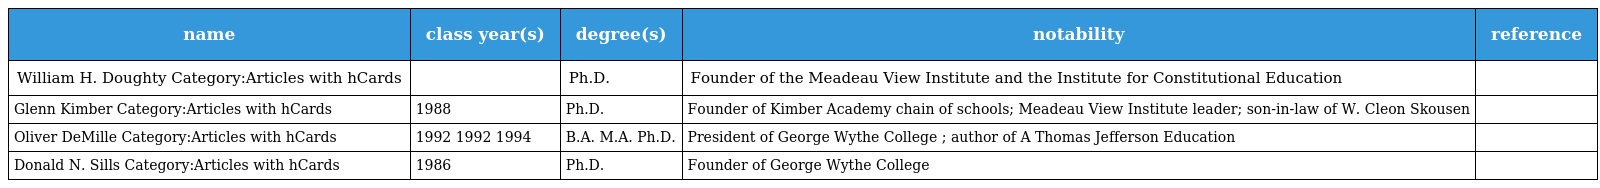
| name | class year(s) | degree(s) | notability | reference |
 | --- | --- | --- | --- | --- |
 | William H. Doughty Category:Articles with hCards |  | Ph.D. | Founder of the Meadeau View Institute and the Institute for Constitutional Education |  |
 | Glenn Kimber Category:Articles with hCards | 1988 | Ph.D. | Founder of Kimber Academy chain of schools; Meadeau View Institute leader; son-in-law of W. Cleon Skousen |  |
 | Oliver DeMille Category:Articles with hCards | 1992 1992 1994 | B.A. M.A. Ph.D. | President of George Wythe College ; author of A Thomas Jefferson Education |  |
 | Donald N. Sills Category:Articles with hCards | 1986 | Ph.D. | Founder of George Wythe College |  |